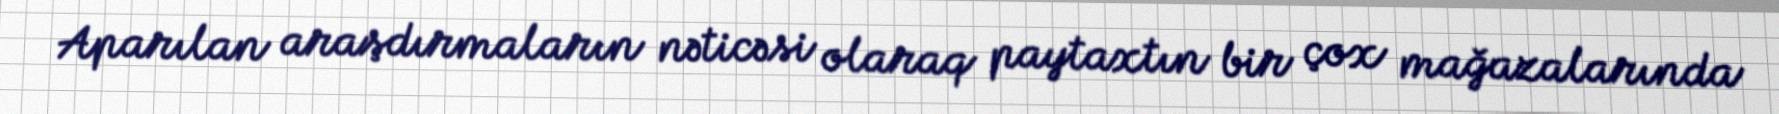
Aparılan araşdırmaların nəticəsi olaraq paytaxtın bir çox mağazalarında